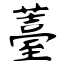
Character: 薹